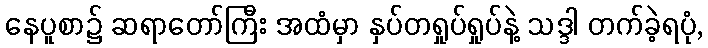
နေပူစာ၌ ဆရာတော်ကြီး အထံမှာ နှပ်တရှုပ်ရှုပ်နဲ့ သဒ္ဒါ တက်ခဲ့ရပုံ,